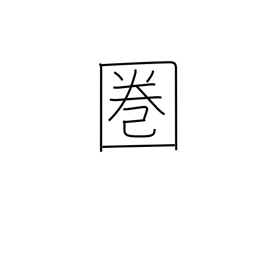
Meaning: range